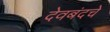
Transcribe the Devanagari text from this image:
देवबंदचे